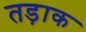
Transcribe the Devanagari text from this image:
तड़ाक